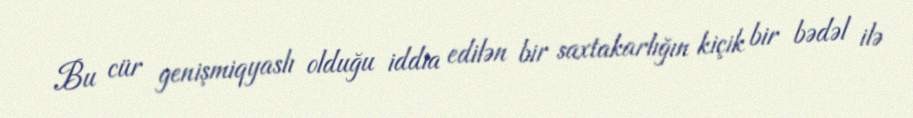
Bu cür genişmiqyaslı olduğu iddia edilən bir saxtakarlığın kiçik bir bədəl ilə